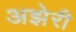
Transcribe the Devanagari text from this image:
अझेरी